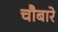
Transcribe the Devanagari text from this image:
चौबारे